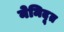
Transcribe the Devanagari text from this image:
नेमिदूत